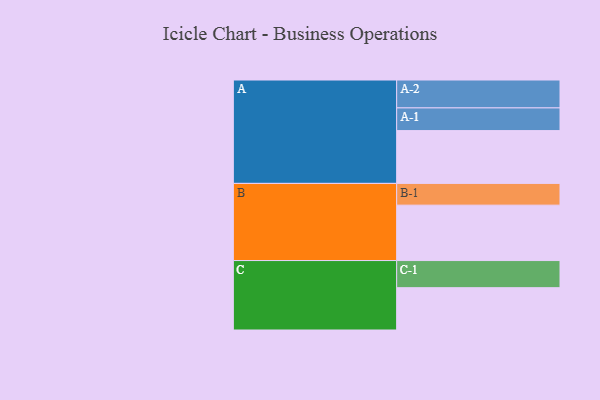
{"axis": {"x": "Segment", "y": "Value"}, "legend": ["", "A", "B", "C"], "data": [{"x": "A", "y": 549, "type": ""}, {"x": "B", "y": 576, "type": ""}, {"x": "C", "y": 440, "type": ""}, {"x": "A-1", "y": 236, "type": "A"}, {"x": "A-2", "y": 290, "type": "A"}, {"x": "B-1", "y": 226, "type": "B"}, {"x": "C-1", "y": 282, "type": "C"}]}